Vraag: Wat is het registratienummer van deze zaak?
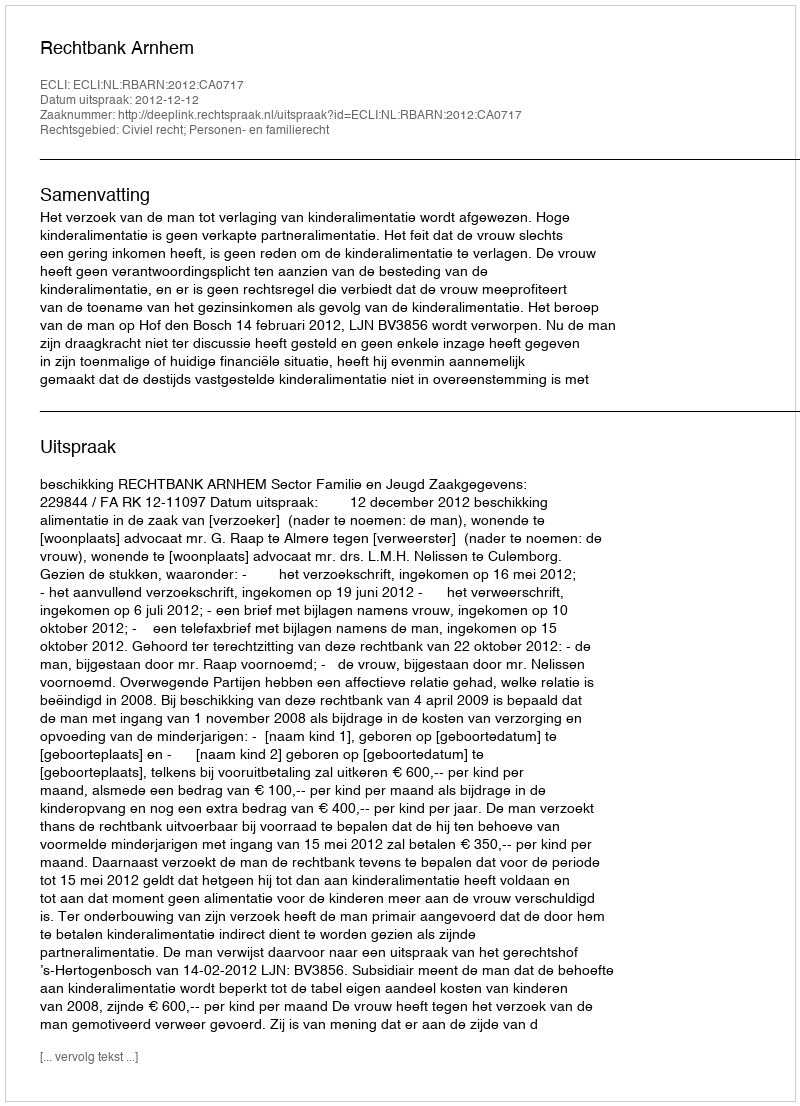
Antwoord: http://deeplink.rechtspraak.nl/uitspraak?id=ECLI:NL:RBARN:2012:CA0717